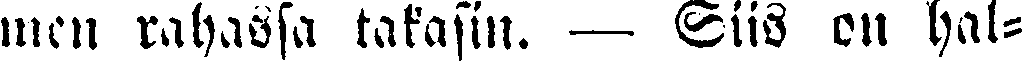
men rahassa takasin. — Siis on hal-